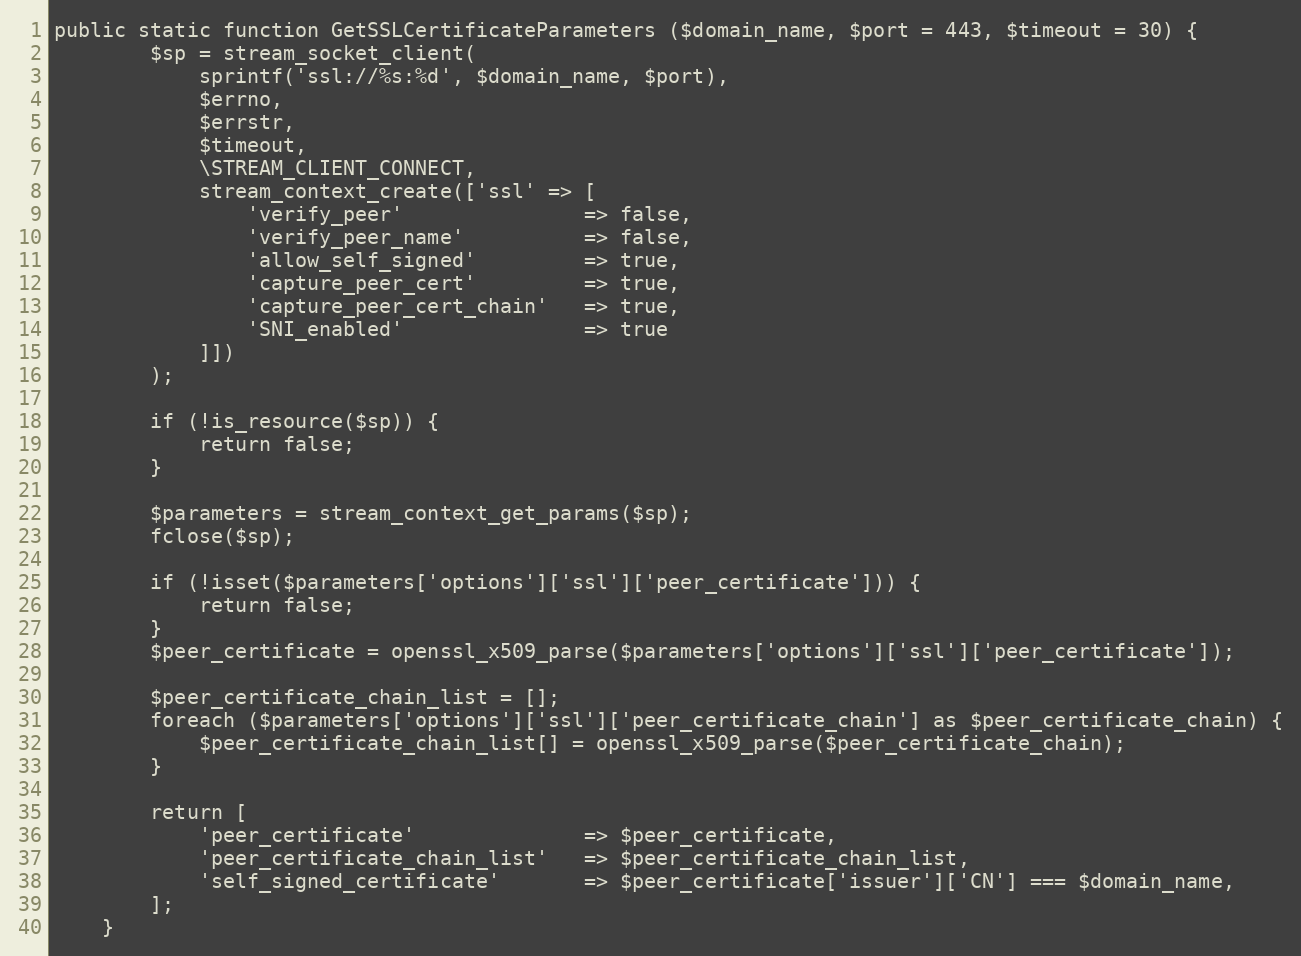
Language: PHP
public static function GetSSLCertificateParameters ($domain_name, $port = 443, $timeout = 30) {
		$sp = stream_socket_client(
			sprintf('ssl://%s:%d', $domain_name, $port),
			$errno,
			$errstr,
			$timeout,
			\STREAM_CLIENT_CONNECT,
			stream_context_create(['ssl' => [
				'verify_peer'				=> false,
				'verify_peer_name'			=> false,
				'allow_self_signed'			=> true,
				'capture_peer_cert'			=> true,
				'capture_peer_cert_chain'	=> true,
				'SNI_enabled'				=> true
			]])
		);

		if (!is_resource($sp)) {
			return false;
		}

		$parameters = stream_context_get_params($sp);
		fclose($sp);

		if (!isset($parameters['options']['ssl']['peer_certificate'])) {
			return false;
		}
		$peer_certificate = openssl_x509_parse($parameters['options']['ssl']['peer_certificate']);

		$peer_certificate_chain_list = [];
		foreach ($parameters['options']['ssl']['peer_certificate_chain'] as $peer_certificate_chain) {
			$peer_certificate_chain_list[] = openssl_x509_parse($peer_certificate_chain);
		}

		return [
			'peer_certificate'				=> $peer_certificate,
			'peer_certificate_chain_list'	=> $peer_certificate_chain_list,
			'self_signed_certificate'		=> $peer_certificate['issuer']['CN'] === $domain_name,
		];
	}